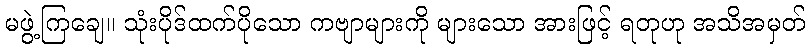
မဖွဲ့ကြချေ။ သုံးပိုဒ်ထက်ပိုသော ကဗျာများကို များသော အားဖြင့် ရတုဟု အသိအမှတ်